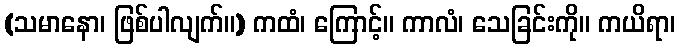
(သမာနော၊ ဖြစ်ပါလျက်။) ကထံ၊ ကြောင့်။ ကာလံ၊ သေခြင်းကို။ ကယိရာ၊